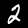
Digit: 2